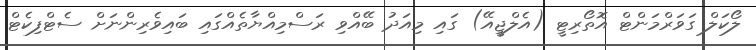
ލޯކަލް ގަވަރްމަންޓް އޮތޯރިޓީ (އެލްޖީއޭ) ގައި މިއަދު ބޭއްވި ރަސްމިއްޔާތެއްގައި ބައިވެރިންނަށް ސެޓްފިކެޓް